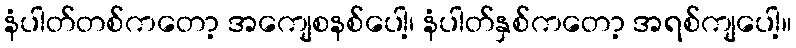
နံပါတ်တစ်ကတော့ အကျေစနစ်ပေါ့၊ နံပါတ်နှစ်ကတော့ အရစ်ကျပေါ့။